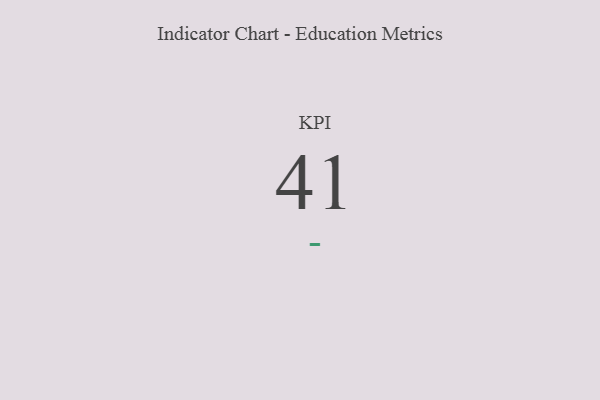
{"axis": {"x": "KPI", "y": "Value"}, "legend": [""], "data": [{"x": "KPI", "y": 41, "type": ""}]}